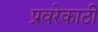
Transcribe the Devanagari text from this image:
प्रवरेकाठी